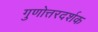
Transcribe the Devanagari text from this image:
गुणोत्तरदर्शक